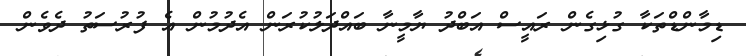
ޑިމާންޑްތަކާ ގުޅިގެން ރައީސް އަބްދު ޔާމީނާ ބައްދަލުކުރަން އެދުމުން އެ ފުރުސަތު ދެވެން